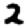
Digit: 2